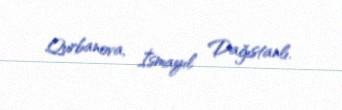
Qurbanova, İsmayıl Dağıstanlı.